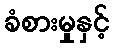
ခံစားမှုနှင့်